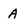
Character: A